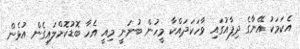
އެކަމަކު އޭނާގެ ދިފާއުގައި ވާހަކަދައްކާ މީހުން ބުނަނީ މިއީ އެހާ ބޮޑުކޮށްލައިގެން އުޅެން